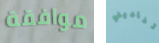
موافقة تناديني